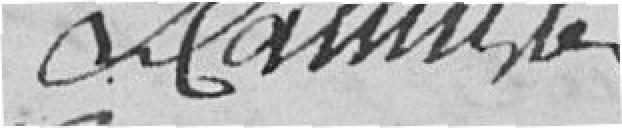
Massille